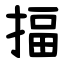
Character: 揊